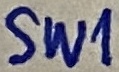
Text: SW1